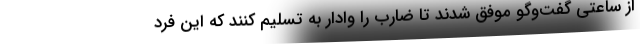
از ساعتی گفت‌وگو موفق شدند تا ضارب را وادار به تسلیم کنند که این فرد